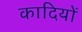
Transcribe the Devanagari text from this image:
कादियों